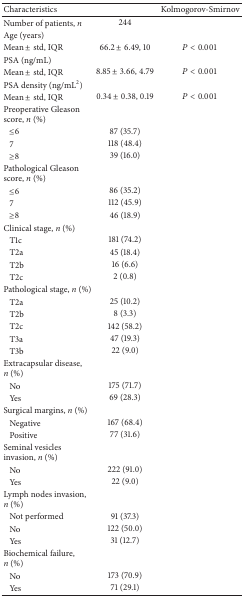
<table><thead><tr><td><b>Characteristics</b></td><td><b> </b></td><td><b>Kolmogorov-Smirnov</b></td></tr></thead><tbody><tr><td>Number of patients, <i>n </i></td><td>244</td><td> </td></tr><tr><td>Age (years)</td><td> </td><td> </td></tr><tr><td>Mean ± std, IQR</td><td>66.2 ± 6.49, 10</td><td><i>P</i> &lt; 0.001</td></tr><tr><td>PSA (ng/mL)</td><td> </td><td> </td></tr><tr><td>Mean ± std, IQR</td><td>8.85 ± 3.66, 4.79</td><td><i>P</i> &lt; 0.001</td></tr><tr><td>PSA density (ng/mL<sup>2</sup>)</td><td> </td><td> </td></tr><tr><td>Mean ± std, IQR</td><td>0.34 ± 0.38, 0.19</td><td><i>P</i> &lt; 0.001</td></tr><tr><td>Preoperative Gleason score, <i>n</i> (%)</td><td> </td><td> </td></tr><tr><td>≤6</td><td>87 (35.7)</td><td> </td></tr><tr><td>7</td><td>118 (48.4)</td><td> </td></tr><tr><td>≥8</td><td>39 (16.0)</td><td> </td></tr><tr><td>Pathological Gleason score, <i>n</i> (%)</td><td> </td><td> </td></tr><tr><td>≤6</td><td>86 (35.2)</td><td> </td></tr><tr><td>7</td><td>112 (45.9)</td><td> </td></tr><tr><td>≥8</td><td>46 (18.9)</td><td> </td></tr><tr><td>Clinical stage, <i>n</i> (%) </td><td> </td><td> </td></tr><tr><td>T1c</td><td>181 (74.2)</td><td> </td></tr><tr><td>T2a</td><td>45 (18.4)</td><td> </td></tr><tr><td>T2b</td><td>16 (6.6)</td><td> </td></tr><tr><td>T2c</td><td>2 (0.8)</td><td> </td></tr><tr><td>Pathological stage, <i>n</i> (%) </td><td> </td><td> </td></tr><tr><td>T2a</td><td>25 (10.2)</td><td> </td></tr><tr><td>T2b</td><td>8 (3.3)</td><td> </td></tr><tr><td>T2c</td><td>142 (58.2)</td><td> </td></tr><tr><td>T3a</td><td>47 (19.3)</td><td> </td></tr><tr><td>T3b</td><td>22 (9.0)</td><td> </td></tr><tr><td>Extracapsular disease, <i>n</i> (%)</td><td> </td><td> </td></tr><tr><td>No</td><td>175 (71.7)</td><td> </td></tr><tr><td>Yes</td><td>69 (28.3)</td><td> </td></tr><tr><td>Surgical margins, <i>n</i> (%)</td><td> </td><td> </td></tr><tr><td>Negative</td><td>167 (68.4)</td><td> </td></tr><tr><td>Positive</td><td>77 (31.6)</td><td> </td></tr><tr><td>Seminal vesicles invasion, <i>n</i> (%)</td><td> </td><td> </td></tr><tr><td>No</td><td>222 (91.0)</td><td> </td></tr><tr><td>Yes</td><td>22 (9.0)</td><td> </td></tr><tr><td>Lymph nodes invasion, <i>n</i> (%)</td><td> </td><td> </td></tr><tr><td>Not performed</td><td>91 (37.3)</td><td> </td></tr><tr><td>No</td><td>122 (50.0)</td><td> </td></tr><tr><td>Yes</td><td>31 (12.7)</td><td> </td></tr><tr><td>Biochemical failure, <i>n</i> (%)</td><td> </td><td> </td></tr><tr><td>No</td><td>173 (70.9)</td><td> </td></tr><tr><td>Yes</td><td>71 (29.1)</td><td> </td></tr></tbody></table>